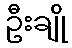
ဦးချို